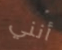
أنني